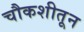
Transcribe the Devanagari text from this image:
चौकशीतून